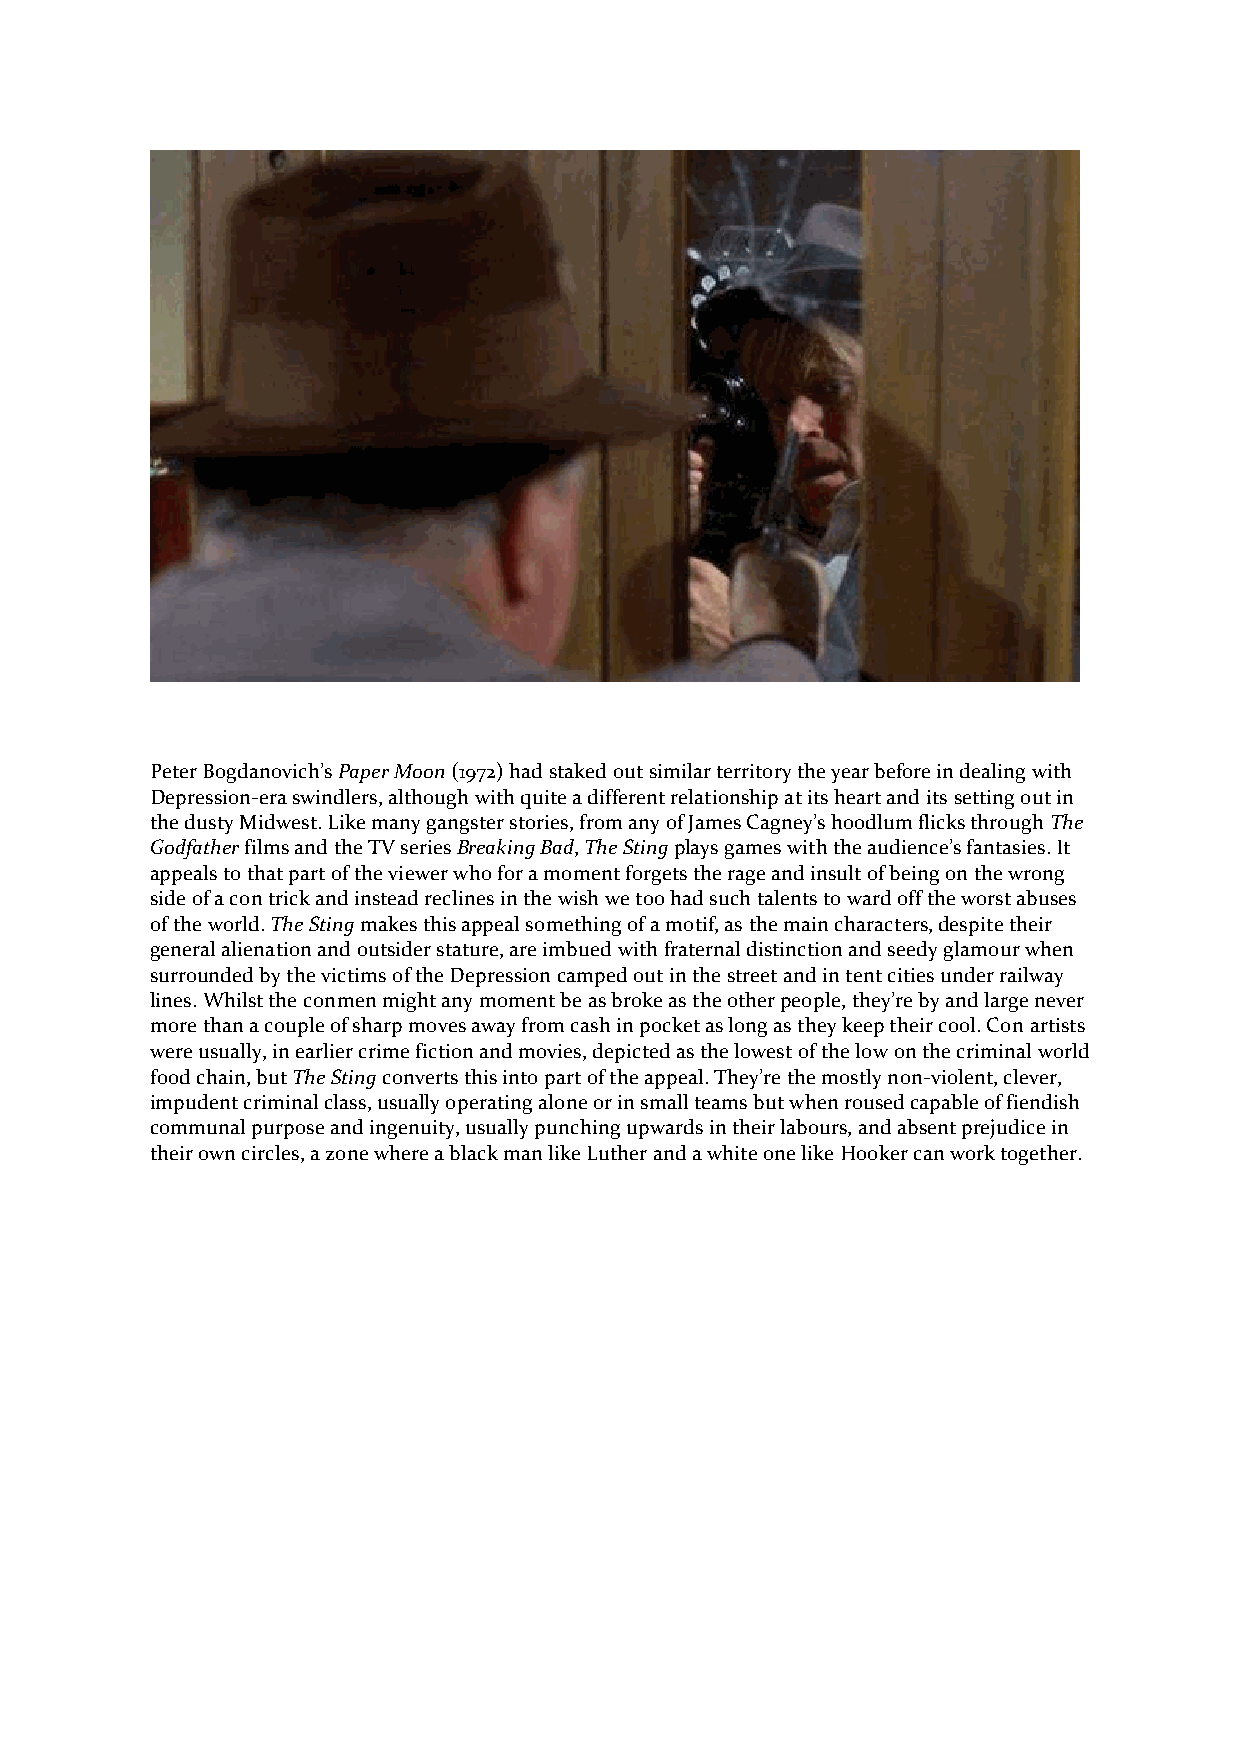
Peter Bogdanovich’s Paper Moon (1972) had staked out similar territory the year before in dealing with
 Depression-era swindlers, although with quite a different relationship at its heart and its setting out in
 the dusty Midwest. Like many gangster stories, from any of James Cagney’s hoodlum flicks through The
 Godfather films and the TV series Breaking Bad, The Sting plays games with the audience’s fantasies. It
 appeals to that part of the viewer who for a moment forgets the rage and insult of being on the wrong
 side of a con trick and instead reclines in the wish we too had such talents to ward off the worst abuses
 of the world. The Sting makes this appeal something of a motif, as the main characters, despite their
 general alienation and outsider stature, are imbued with fraternal distinction and seedy glamour when
 surrounded by the victims of the Depression camped out in the street and in tent cities under railway
 lines. Whilst the conmen might any moment be as broke as the other people, they’re by and large never
 more than a couple of sharp moves away from cash in pocket as long as they keep their cool. Con artists
 were usually, in earlier crime fiction and movies, depicted as the lowest of the low on the criminal world
 food chain, but The Sting converts this into part of the appeal. They’re the mostly non-violent, clever,
 impudent criminal class, usually operating alone or in small teams but when roused capable of fiendish
 communal purpose and ingenuity, usually punching upwards in their labours, and absent prejudice in
 their own circles, a zone where a black man like Luther and a white one like Hooker can work together.